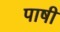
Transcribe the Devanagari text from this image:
पाषी